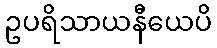
ဥပရိသာယနီယေပိ